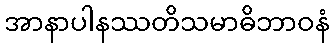
အာနာပါနဿတိသမာဓိဘာဝနံ